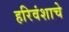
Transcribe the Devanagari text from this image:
हरिवंशाचे